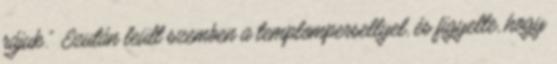
rájuk.” Ezután leült szemben a templompersellyel, és figyelte, hogy